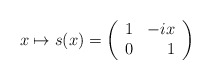
\begin{align*}x\mapsto s(x)=\left( \begin{array}{lr} 1 & -ix \\ 0 & 1\end{array}\right)\end{align*}